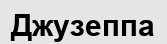
Джузеппа